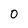
Character: 0